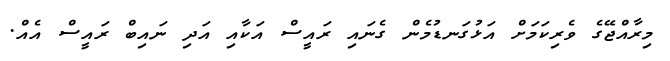
މިރާއްޖޭގެ ވެރިކަމަށް އަޅުގަނޑުމެން ގެނައި ރައީސް އަކާއި އަދި ނައިބް ރައީސް އެއް.